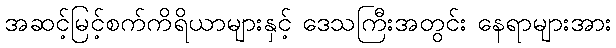
အဆင့်မြင့်စက်ကိရိယာများနှင့် ဒေသကြီးအတွင်း နေရာများအား